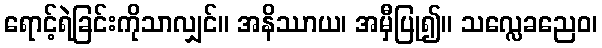
ရောင့်ရဲခြင်းကိုသာလျှင်။ အနိဿာယ၊ အမှီပြု၍။ သလ္လေခညေဝ၊